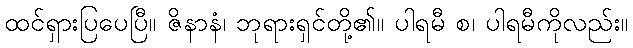
ထင်ရှားပြပေပြီ။ ဇိနာနံ၊ ဘုရားရှင်တို့၏။ ပါရမီ စ၊ ပါရမီကိုလည်း။